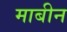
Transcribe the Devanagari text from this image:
माबीन